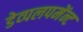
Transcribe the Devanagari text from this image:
डेव्पलपमेंन्ट